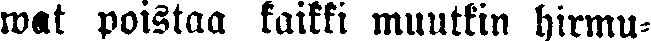
wat poistaa kaikki muutkin hirmu-